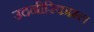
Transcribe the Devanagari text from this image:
उदनीरिकाम्ल